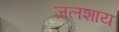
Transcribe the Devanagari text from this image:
जलशाय